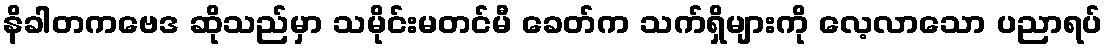
နိခါတကဗေဒ ဆိုသည်မှာ သမိုင်းမတင်မီ ခေတ်က သက်ရှိများကို လေ့လာသော ပညာရပ်